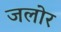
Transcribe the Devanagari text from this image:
जलोर